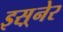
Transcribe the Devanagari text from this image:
इस़्नेर